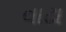
વાઢા